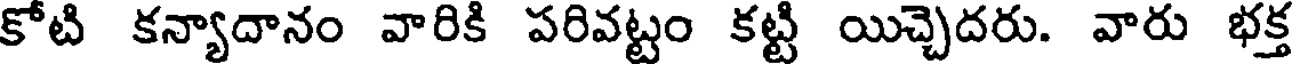
కోటి కన్యాదానం వారికి పరివట్టం కట్టి యిచ్చెదరు. వారు భక్త